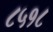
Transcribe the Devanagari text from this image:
८५१८